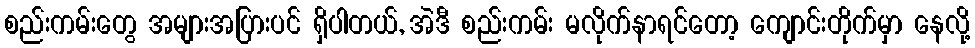
စည်းကမ်းတွေ အများအပြားပင် ရှိပါတယ်, အဲဒီ စည်းကမ်း မလိုက်နာရင်တော့ ကျောင်းတိုက်မှာ နေလို့